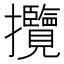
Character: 攬